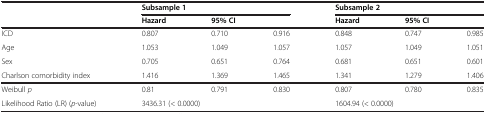
|  | <COLSPAN=3> Subsample 1 | <COLSPAN=3> Subsample 2 |
 |  | Hazard | <COLSPAN=2> 95% CI | Hazard | <COLSPAN=2> 95% CI |
 | --- | --- | --- | --- | --- | --- | --- |
 | ICD | 0.807 | 0.710 | 0.916 | 0.848 | 0.747 | 0.985 |
 | Age | 1.053 | 1.049 | 1.057 | 1.057 | 1.049 | 1.051 |
 | Sex | 0.705 | 0.651 | 0.764 | 0.681 | 0.651 | 0.601 |
 | Charlson comorbidity index | 1.416 | 1.369 | 1.465 | 1.341 | 1.279 | 1.406 |
 | Weibull p | 0.81 | 0.791 | 0.830 | 0.807 | 0.780 | 0.835 |
 | Likelihood Ratio (LR) (p-value) | 3436.31 (< 0.0000) |  |  | 1604.94 (< 0.0000) |  |  |